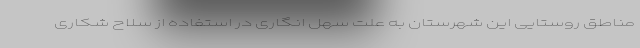
مناطق روستایی این شهرستان به علت سهل انگاری در استفاده از سلاح شکاری